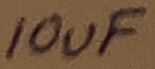
Text: 10uF